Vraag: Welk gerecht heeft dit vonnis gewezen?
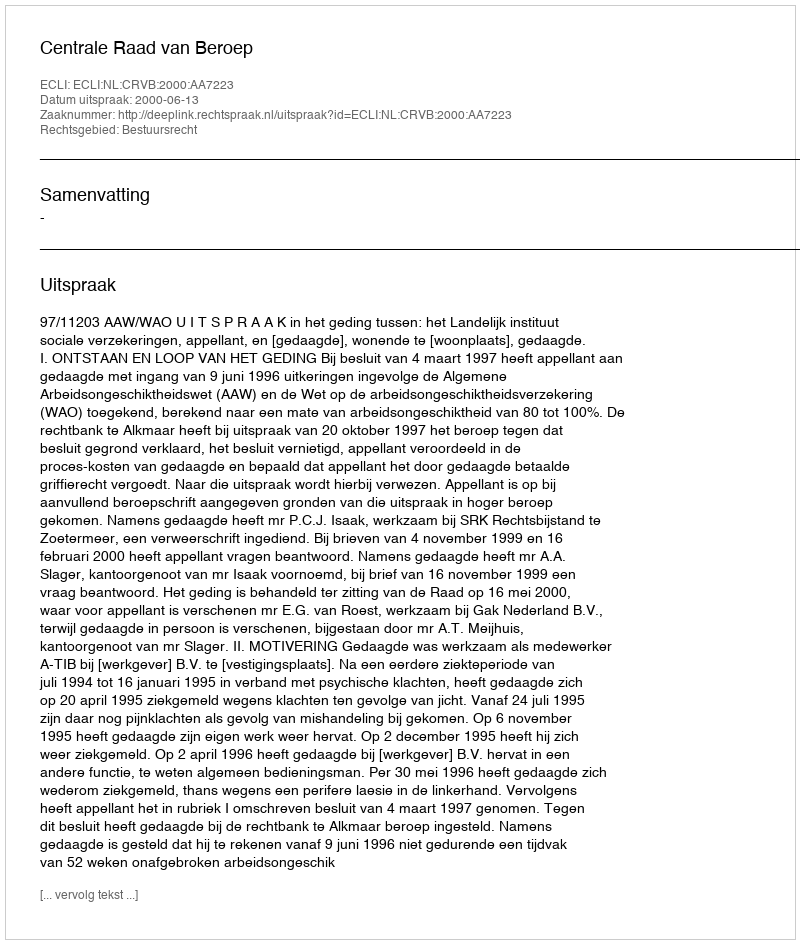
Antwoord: Centrale Raad van Beroep